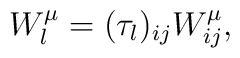
W^{\mu}_l = ({\tau_l})_{ij}W^{\mu}_{ij},